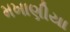
મખાણીયા